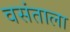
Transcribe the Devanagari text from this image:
वसंताला